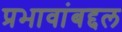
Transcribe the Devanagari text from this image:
प्रभावांबद्दल